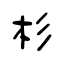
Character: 杉